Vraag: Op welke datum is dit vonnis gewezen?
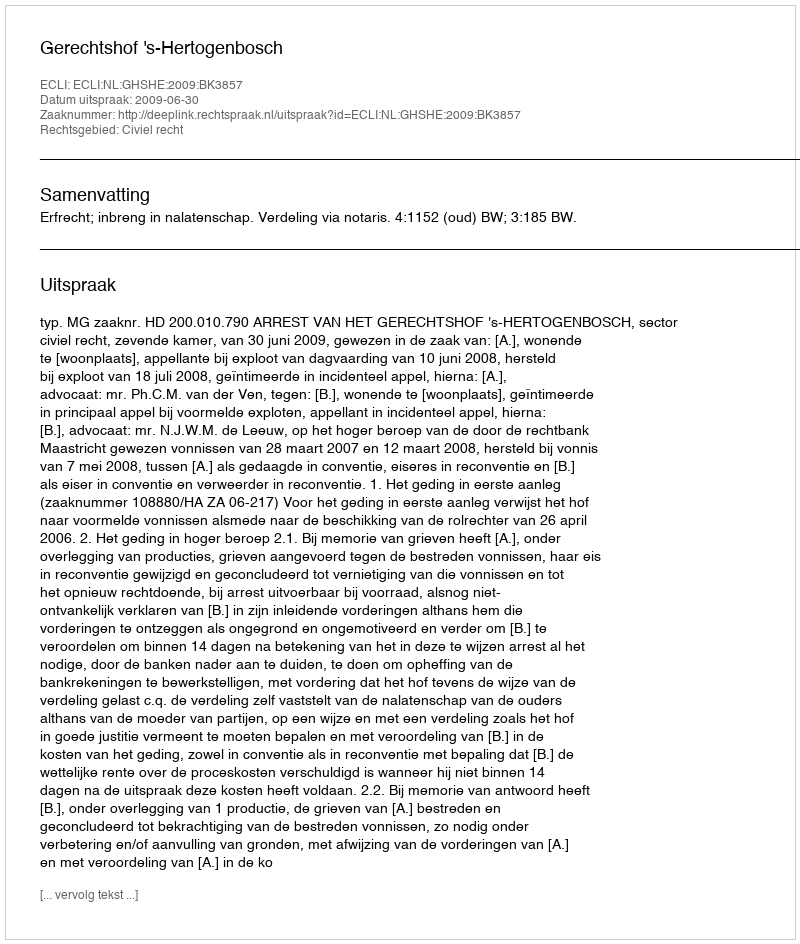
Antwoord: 2009-06-30